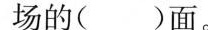
场的( )面。